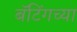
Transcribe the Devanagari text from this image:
बॅटिंगच्या